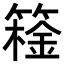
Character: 𬕮